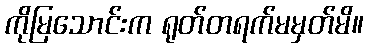
ကိုမြသောင်းက ရုတ်တရက်မမှတ်မိ။